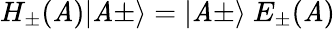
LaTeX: H_{\pm}(\mathit{A})\vert\mathit{A}\pm\rangle=\vert\mathit{A}\pm\rangle\ E_{\pm}(\mathit{A})